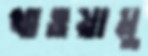
খাওয়ামু